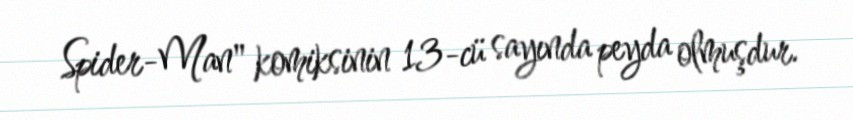
Spider-Man" komiksinin 13-cü sayında peyda olmuşdur.